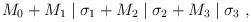
LaTeX: \begin{align*}M_0 + M_1 \mid \sigma_1 + M_2 \mid \sigma_2 + M_3 \mid \sigma_3~,\end{align*}